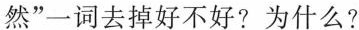
然”一词去掉好不好?为什么?